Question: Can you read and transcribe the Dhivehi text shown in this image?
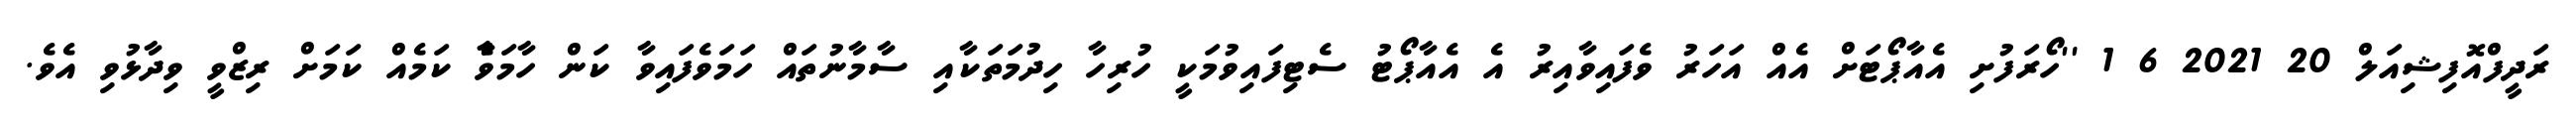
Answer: ރަދީފްއޮފިޝިއަލް 20 2021 6 1 ''ހޯރަފުށި އެއާޕޯޓަށް އެއް އަހަރު ވެފައިވާއިރު އެ އެއާޕޯޓު ސެޓިފައިވުމަކީ ހުރިހާ ހިދުމަތަކާއި ސާމާނުތައް ހަމަވެފައިވާ ކަން ހާމަވެާ ކަމެއް ކަމަށް ރިޒްވީ ވިދާޅުވި އެވެ.